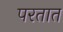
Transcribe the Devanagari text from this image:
परतात